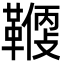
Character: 𩌻